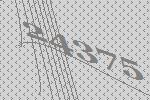
24375